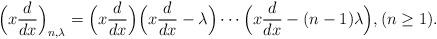
LaTeX: \begin{align*}\Big(x\frac{d}{dx}\Big)_{n,\lambda}=\Big(x\frac{d}{dx}\Big)\Big(x\frac{d}{dx}-\lambda\Big)\cdots\Big(x\frac{d}{dx}-(n-1)\lambda\Big),(n\ge 1).\end{align*}